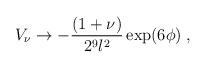
LaTeX: \begin{align*}V_{\nu }\rightarrow -\frac{(1+\nu )}{2^{9}l^{2}}\exp (6\phi )\;,\end{align*}